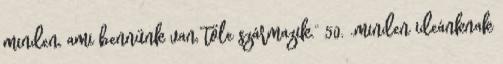
minden, ami bennünk van, tőle származik.” 50. „minden ideánknak